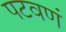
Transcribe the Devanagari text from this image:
पटवणं